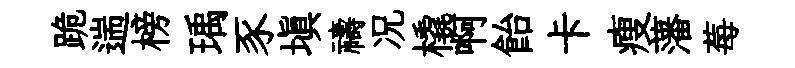
跪遄榜瑀豕塡禱况橇啊飴卡瘦藩莓